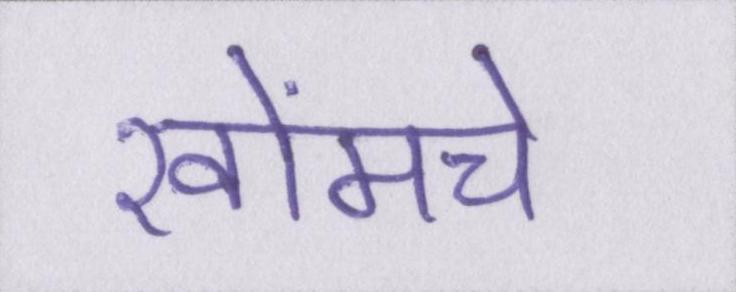
खोंमचे